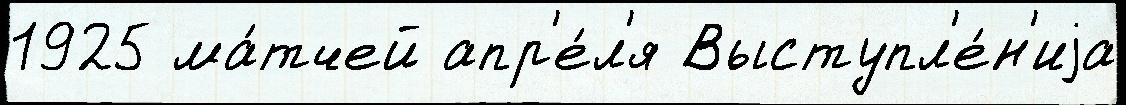
1925 ма́тчей апр'е́л'я Выступл'е́н'иjа